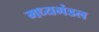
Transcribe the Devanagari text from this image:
मध्यमंडल